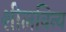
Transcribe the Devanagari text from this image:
शीलविन्य